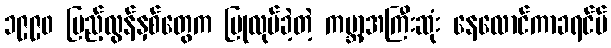
၁၉၉၀ ပြည့်လွန်နှစ်တွေက ပြုလုပ်ခဲ့တဲ့ ကမ္ဘာ့အကြီးဆုံး နေလောင်ကာခရင်မ်